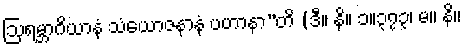
ဩရမ္ဘာဂိယာနံ သံယောဇနာနံ ပဟာနာ”တိ (ဒီ။ နိ။ ၁။၃၇၃၊ မ။ နိ။